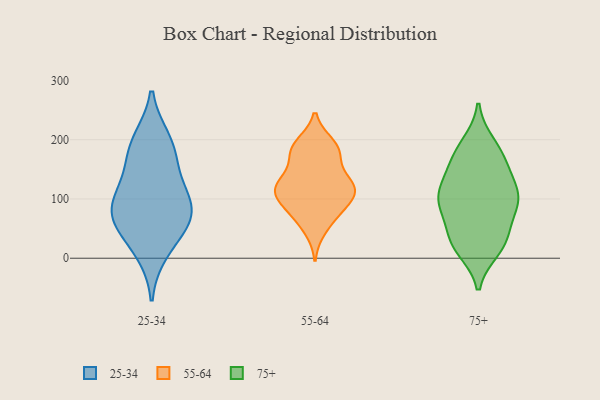
{"axis": {"x": "Inventory Turnover", "y": "Value"}, "legend": ["25-34", "55-64", "75+"], "data": [{"x": "", "y": 78, "type": "25-34"}, {"x": "", "y": 11, "type": "25-34"}, {"x": "", "y": 159, "type": "25-34"}, {"x": "", "y": 69, "type": "25-34"}, {"x": "", "y": 48, "type": "25-34"}, {"x": "", "y": 117, "type": "25-34"}, {"x": "", "y": 189, "type": "25-34"}, {"x": "", "y": 74, "type": "25-34"}, {"x": "", "y": 199, "type": "25-34"}, {"x": "", "y": 102, "type": "25-34"}, {"x": "", "y": 125, "type": "55-64"}, {"x": "", "y": 186, "type": "55-64"}, {"x": "", "y": 174, "type": "55-64"}, {"x": "", "y": 192, "type": "55-64"}, {"x": "", "y": 175, "type": "55-64"}, {"x": "", "y": 117, "type": "55-64"}, {"x": "", "y": 128, "type": "55-64"}, {"x": "", "y": 186, "type": "55-64"}, {"x": "", "y": 73, "type": "55-64"}, {"x": "", "y": 120, "type": "55-64"}, {"x": "", "y": 116, "type": "55-64"}, {"x": "", "y": 73, "type": "55-64"}, {"x": "", "y": 108, "type": "55-64"}, {"x": "", "y": 48, "type": "55-64"}, {"x": "", "y": 95, "type": "55-64"}, {"x": "", "y": 132, "type": "55-64"}, {"x": "", "y": 95, "type": "55-64"}, {"x": "", "y": 161, "type": "75+"}, {"x": "", "y": 185, "type": "75+"}, {"x": "", "y": 104, "type": "75+"}, {"x": "", "y": 97, "type": "75+"}, {"x": "", "y": 31, "type": "75+"}, {"x": "", "y": 166, "type": "75+"}, {"x": "", "y": 122, "type": "75+"}, {"x": "", "y": 83, "type": "75+"}, {"x": "", "y": 102, "type": "75+"}, {"x": "", "y": 15, "type": "75+"}, {"x": "", "y": 42, "type": "75+"}, {"x": "", "y": 150, "type": "75+"}, {"x": "", "y": 21, "type": "75+"}, {"x": "", "y": 193, "type": "75+"}, {"x": "", "y": 101, "type": "75+"}, {"x": "", "y": 25, "type": "75+"}, {"x": "", "y": 112, "type": "75+"}, {"x": "", "y": 72, "type": "75+"}]}